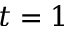
t = 1